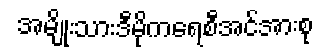
အမျိုးသားဒီမိုကရေစီအင်အားစု